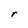
Character: r